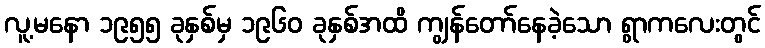
လူ့မနော ၁၉၅၅ ခုနှစ်မှ ၁၉၆၀ ခုနှစ်အထိ ကျွန်တော်နေခဲ့သော ရွာကလေးတွင်